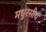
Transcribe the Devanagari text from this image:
मधुरसीय